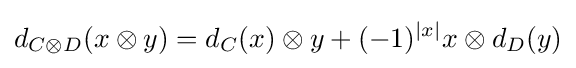
d_{C\otimes D}(x\otimes y)=d_{C}(x)\otimes y+(-1)^{|x|}x\otimes d_{D}(y)